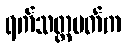
ရက်သတ္တပတ်က